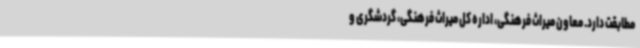
مطابقت دارد. معاون میراث فرهنگی، اداره کل میراث فرهنگی، گردشگری و